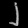
Digit: ၂